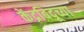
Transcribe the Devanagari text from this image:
केंद्रबिंदूच्या